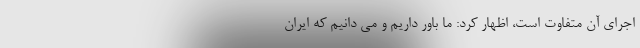
اجرای آن متفاوت است، اظهار کرد: ما باور داریم و می دانیم که ایران